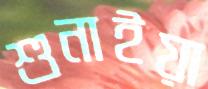
শুনাইয়া